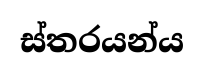
ස්තරයන්ය